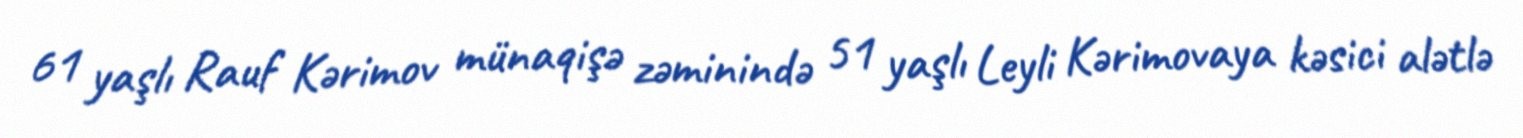
61 yaşlı Rauf Kərimov münaqişə zəminində 51 yaşlı Leyli Kərimovaya kəsici alətlə